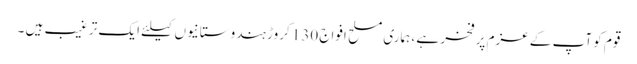
قوم کو آپ کے عزم پر فخر ہے ، ہماری مسلح افواج 130 کروڑ ہندوستانیوں کیلئے ایک ترغیب ہیں ۔